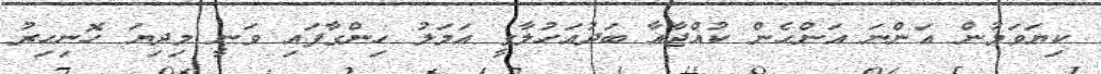
ކިޔަވަމުން އަންނަ އަންހެން ކުއްޖާއާ ބަދުއަހުލާގީ އަމަލު ހިންގާފައި ވަނީ މިދިޔަ ހޮނިހިރު